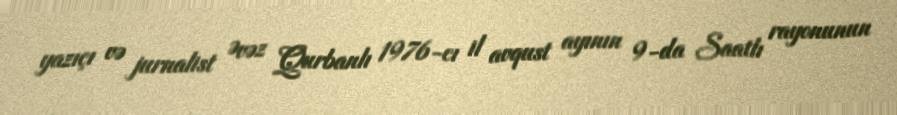
yazıçı və jurnalist Əvəz Qurbanlı 1976-cı il avqust ayının 9-da Saatlı rayonunun